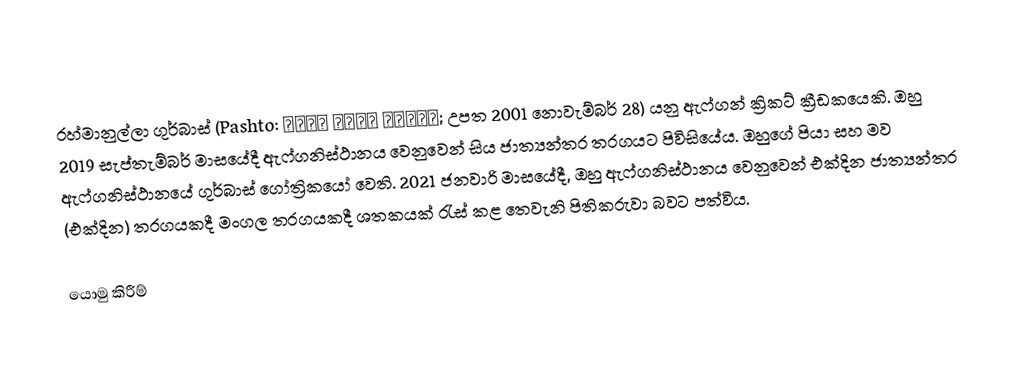
රහ්මානුල්ලා ගුර්බාස් (Pashto: رحمان الله ګربز; උපත 2001 නොවැම්බර් 28) යනු ඇෆ්ගන් ක්‍රිකට් ක්‍රීඩකයෙකි. ඔහු 2019 සැප්තැම්බර් මාසයේදී ඇෆ්ගනිස්ථානය වෙනුවෙන් සිය ජාත්‍යන්තර තරගයට පිවිසියේය. ඔහුගේ පියා සහ මව ඇෆ්ගනිස්ථානයේ ගුර්බාස් ගෝත්‍රිකයෝ වෙති. 2021 ජනවාරි මාසයේදී, ඔහු ඇෆ්ගනිස්ථානය වෙනුවෙන් එක්දින ජාත්‍යන්තර (එක්දින) තරගයකදී මංගල තරගයකදී ශතකයක් රැස් කළ තෙවැනි පිතිකරුවා බවට පත්විය.

යොමු කිරීම්